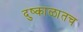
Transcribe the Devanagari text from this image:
दुष्काळातच